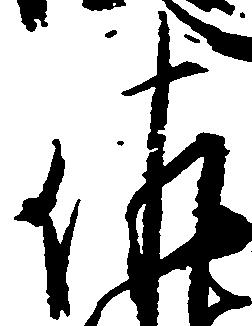
佐